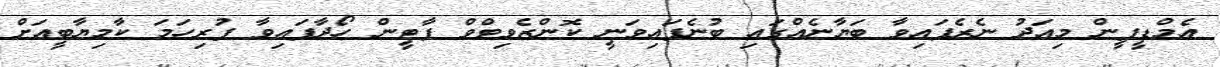
އެމްޑީޕީން މިއަދު ނެރެފައިވާ ބަޔާނެއްގައި ބުނެފައިވަނީ ކޮންޒެވިޓްވް ޕާޓީން ހޯދާފައިވާ ފުރިހަމަ ކާމިޔާބީއަށް